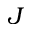
J